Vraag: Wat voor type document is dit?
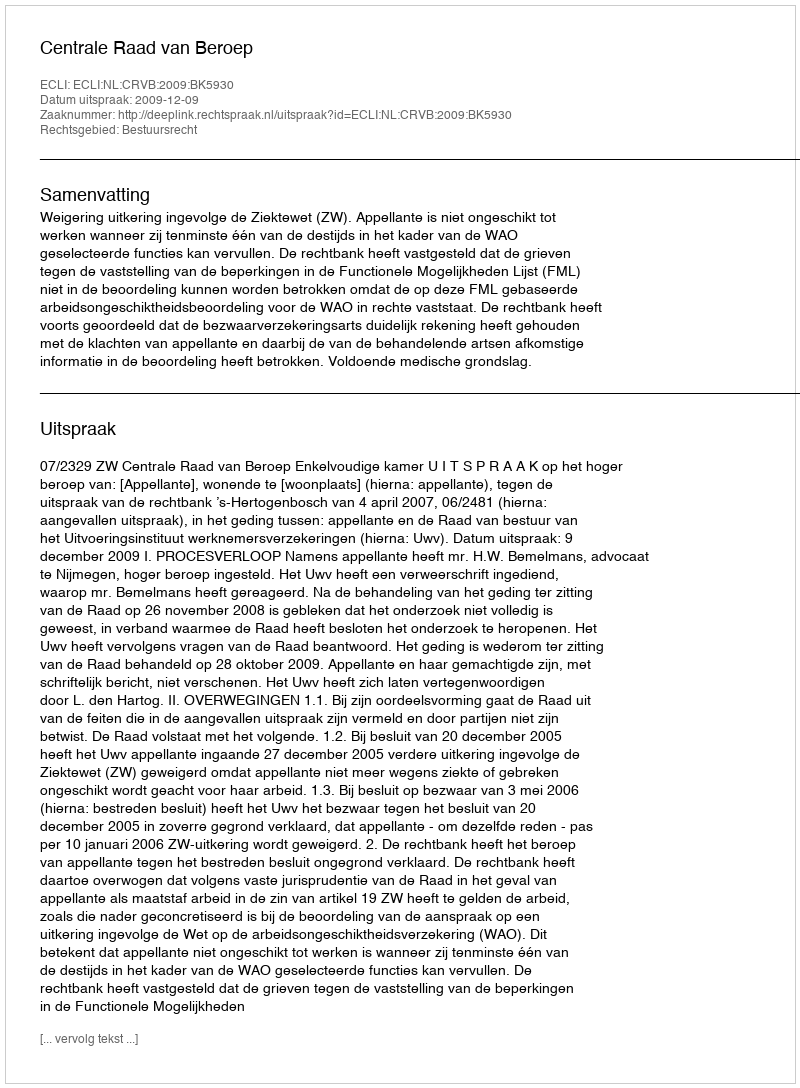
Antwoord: Uitspraak